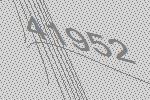
41952